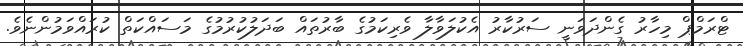
ޓްރަމްޕް މިހާރު ގެންދަވަނީ ސަރުކާރު އެކުލަވާލާ ވެރިކަމުގެ ބާރުތައް ބަދަލުކުރުމުގެ މަސައްކަތް ކުރައްވަމުންނެވެ.